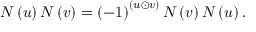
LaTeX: N \left( u \right) N \left( v \right) = \left( - 1 \right) ^ { \left( u \odot v \right) } N \left( v \right) N \left( u \right) .